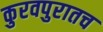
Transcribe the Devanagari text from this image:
कुरवपुरातच